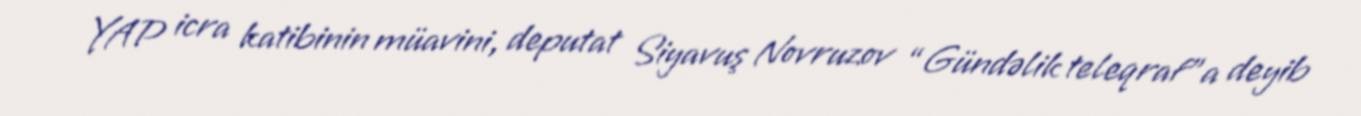
YAP icra katibinin müavini, deputat Siyavuş Novruzov “Gündəlik teleqraf”a deyib